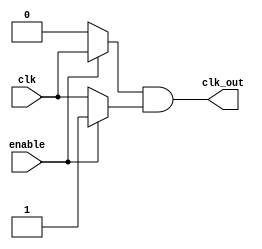
module clock_gating (
    input wire clk,           // Primary clock signal
    input wire enable,        // Enable signal for clock gating
    output wire clk_out       // Gated clock output
);

// Clock gating logic using a combination of nMOS and pMOS transistors
// Implemented using structural Verilog for clarity

// Internal signals
wire nmos_out;            // Output from nMOS
wire pmos_out;            // Output from pMOS

// nMOS transistor equivalent logic
assign nmos_out = enable ? clk : 1'b0; // When enable is high, pass clk; else 0

// pMOS transistor equivalent logic
assign pmos_out = enable ? 1'b1 : clk; // When enable is low, pass clk; else 1

// Combining the outputs to form the gated clock
assign clk_out = nmos_out & pmos_out; // ANDing both outputs to get gated clock

endmodule